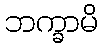
ဘက္ခာမိ